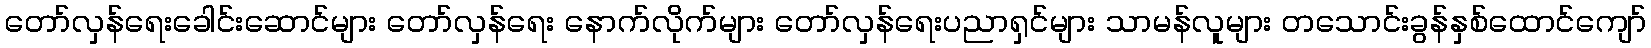
တော်လှန်ရေးခေါင်းဆောင်များ တော်လှန်ရေး နောက်လိုက်များ တော်လှန်ရေးပညာရှင်များ သာမန်လူများ တသောင်းခွန်နှစ်ထောင်ကျော်